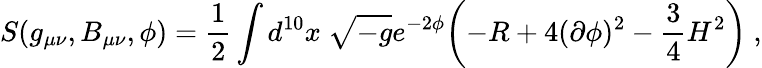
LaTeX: S(g_{\mu\nu},B_{\mu\nu},\phi)={\frac{1}{2}}\int d^{10}x\ \sqrt{-g}e^{-2\phi}\biggl(-R+4(\partial\phi)^{2}-{\frac{3}{4}}H^{2}\biggr)\ ,